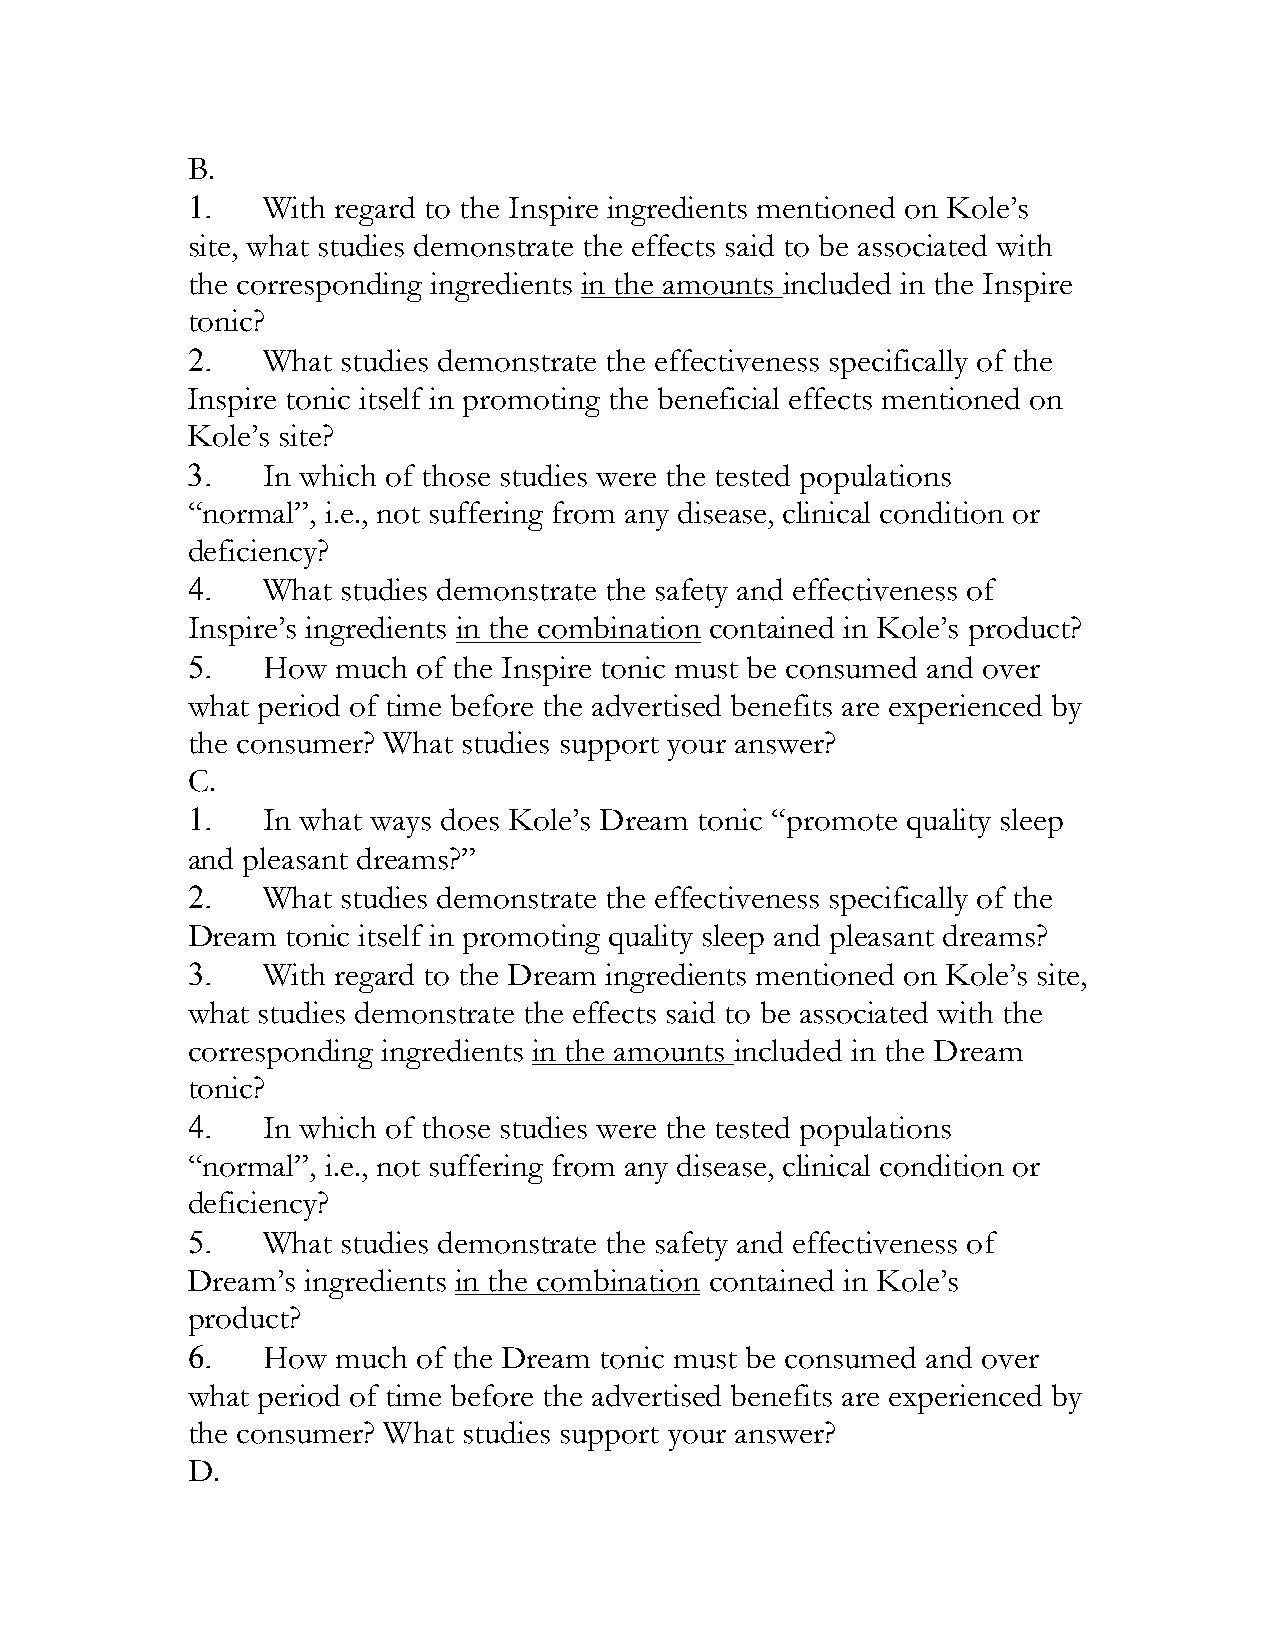
B.
 1.   With regard to the Inspire ingredients mentioned on Kole’s
 site, what studies demonstrate the effects said to be associated with
 the corresponding ingredients in the amounts included in the Inspire
 tonic?
 2.   What  studies demonstrate the effectiveness specifically of the
 Inspire tonic itself in promoting the beneficial effects mentioned on
 Kole’s site?
 3.   In which of those studies were the tested populations
 “normal”, i.e., not suffering from any disease, clinical condition or
 deficiency?
 4.   What  studies demonstrate the safety and effectiveness of
 Inspire’s ingredients in the combination contained in Kole’s product?
 5.   How  much  of the Inspire tonic must be consumed and over
 what period of time before the advertised benefits are experienced by
 the consumer? What studies support your answer?
 C.
 1.   In what ways does Kole’s Dream tonic “promote quality sleep
 and pleasant dreams?”
 2.   What  studies demonstrate the effectiveness specifically of the
 Dream  tonic itself in promoting quality sleep and pleasant dreams?
 3.   With regard to the Dream ingredients mentioned on Kole’s site,
 what studies demonstrate the effects said to be associated with the
 corresponding ingredients in the amounts included in the Dream
 tonic?
 4.   In which of those studies were the tested populations
 “normal”, i.e., not suffering from any disease, clinical condition or
 deficiency?
 5.   What  studies demonstrate the safety and effectiveness of
 Dream’s ingredients in the combination contained in Kole’s
 product?
 6.   How  much  of the Dream tonic must be consumed and over
 what period of time before the advertised benefits are experienced by
 the consumer? What studies support your answer?
 D.